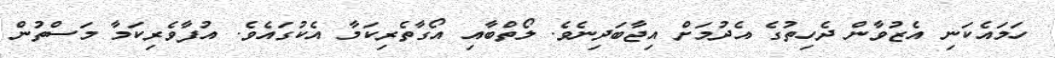
ހަމައެކަނި އެޒުވާން ދެހިތުގެ އެދުމަށް އިޖާބަދިނެވެ. ލޯތްބާއި އޯގާތެރިކަމާ އެކުގައެވެ. އުފާވެރިކަމާ މަސްތުން